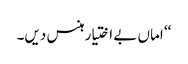
‘‘ اماں بے اختیار ہنس دیں۔